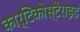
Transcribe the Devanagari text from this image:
कार्टिकोस्टेराइड